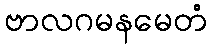
ဗာလဂမနမေတံ